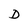
Character: D